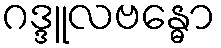
ဂဒ္ဒူလဗန္ဓော